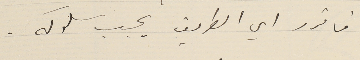
فاقرر اي الطريق يجب سلوكه.